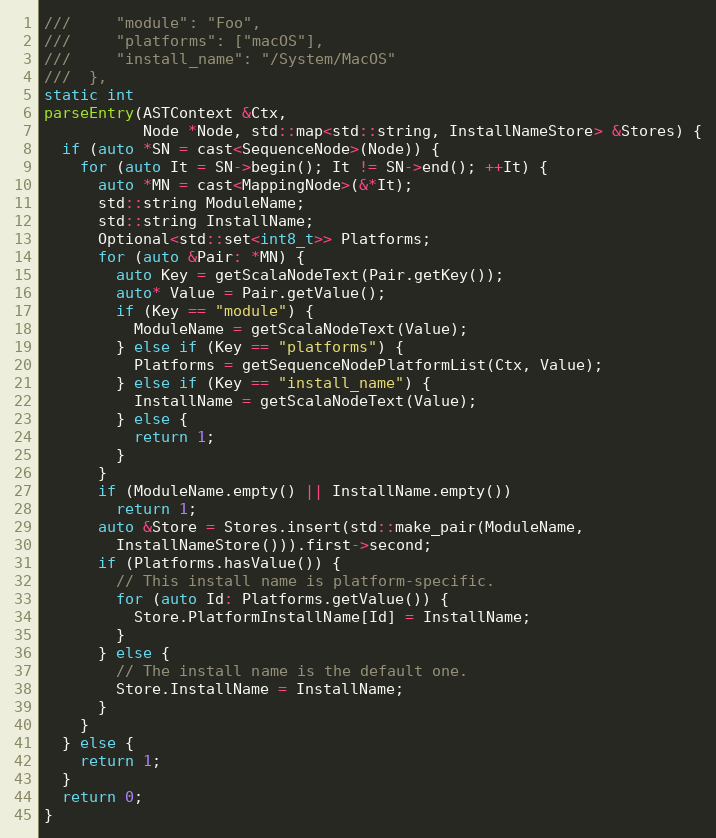
Language: C++
///     "module": "Foo",
///     "platforms": ["macOS"],
///     "install_name": "/System/MacOS"
///  },
static int
parseEntry(ASTContext &Ctx,
           Node *Node, std::map<std::string, InstallNameStore> &Stores) {
  if (auto *SN = cast<SequenceNode>(Node)) {
    for (auto It = SN->begin(); It != SN->end(); ++It) {
      auto *MN = cast<MappingNode>(&*It);
      std::string ModuleName;
      std::string InstallName;
      Optional<std::set<int8_t>> Platforms;
      for (auto &Pair: *MN) {
        auto Key = getScalaNodeText(Pair.getKey());
        auto* Value = Pair.getValue();
        if (Key == "module") {
          ModuleName = getScalaNodeText(Value);
        } else if (Key == "platforms") {
          Platforms = getSequenceNodePlatformList(Ctx, Value);
        } else if (Key == "install_name") {
          InstallName = getScalaNodeText(Value);
        } else {
          return 1;
        }
      }
      if (ModuleName.empty() || InstallName.empty())
        return 1;
      auto &Store = Stores.insert(std::make_pair(ModuleName,
        InstallNameStore())).first->second;
      if (Platforms.hasValue()) {
        // This install name is platform-specific.
        for (auto Id: Platforms.getValue()) {
          Store.PlatformInstallName[Id] = InstallName;
        }
      } else {
        // The install name is the default one.
        Store.InstallName = InstallName;
      }
    }
  } else {
    return 1;
  }
  return 0;
}